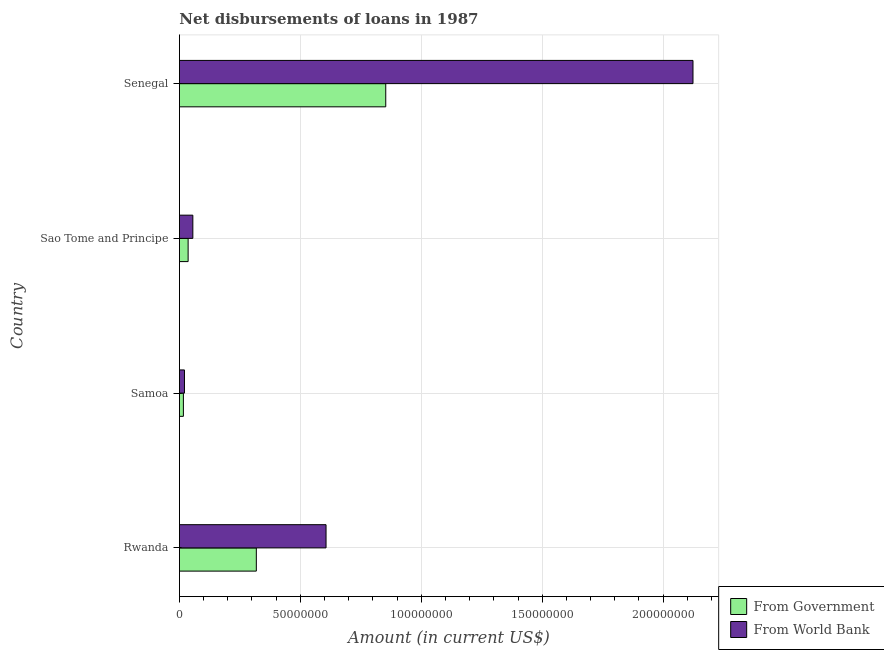
| Country | From Government | From World Bank |
 | --- | --- | --- |
 | Rwanda | 3.18e+07 | 6.06e+07 |
 | Samoa | 1.65e+06 | 2.09e+06 |
 | Sao Tome and Principe | 3.6e+06 | 5.55e+06 |
 | Senegal | 8.53e+07 | 2.12e+08 |